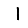
Digit: 1